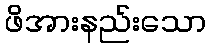
ဖိအားနည်းသော